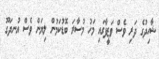
ޝާހިދުގެ ދަރި ވެސް ވަޒީފާގައި މަހު މުސާރަ ބޮޑުކަމުން ލިޔަން ވެސް އުނދަގޫ